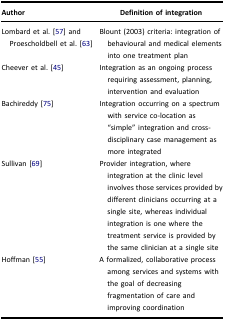
| Author | Definition of integration |
 | --- | --- |
 | Lombard et al. [57] and Proescholdbell et al. [63] | Blount (2003) criteria: integration of behavioural and medical elements into one treatment plan |
 | Cheever et al. [45] | Integration as an ongoing process requiring assessment, planning, intervention and evaluation |
 | Bachireddy [75] | Integration occurring on a spectrum with service co-location as “simple” integration and cross-disciplinary case management as more integrated |
 | Sullivan [69] | Provider integration, where integration at the clinic level involves those services provided by different clinicians occurring at a single site, whereas individual integration is one where the treatment service is provided by the same clinician at a single site |
 | Hoffman [55] | A formalized, collaborative process among services and systems with the goal of decreasing fragmentation of care and improving coordination |